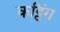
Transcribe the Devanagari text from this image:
कट्टिंग